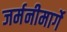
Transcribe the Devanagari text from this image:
जर्मनीमार्गे